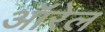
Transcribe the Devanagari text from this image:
ऑरेल